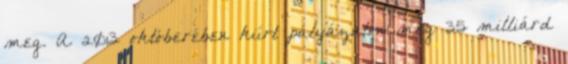
meg. A 2013 októberében kiírt pályázaton még 35 milliárd